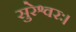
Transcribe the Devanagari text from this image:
सुरेश्वरः।